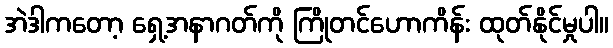
အဲဒါကတော့ ရှေ့အနာဂတ်ကို ကြိုတင်ဟောကိန်း ထုတ်နိုင်မှုပါ။